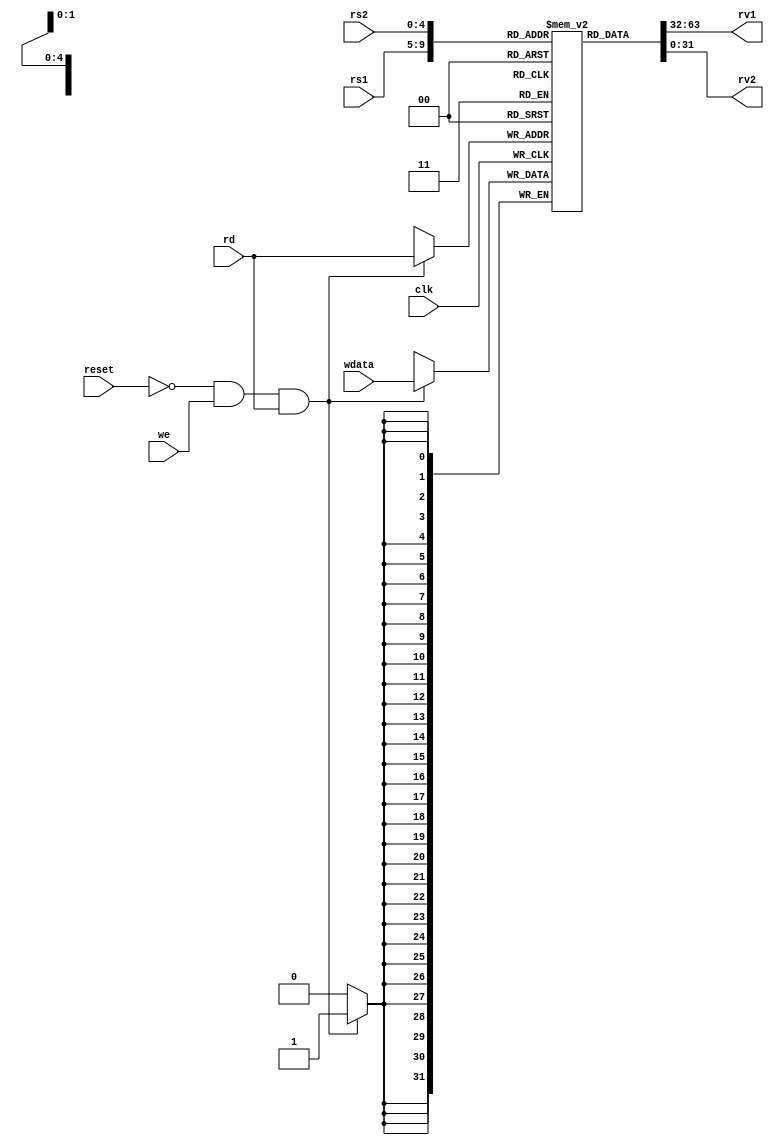
module regfile(
    input [4:0] rs1,     // address of first operand to read - 5 bits, since there are 32 registers
    input [4:0] rs2,     // address of second operand
    input [4:0] rd,      // address of value to write
    input we,            // should write update occur
    input [31:0] wdata,  // value to be written
    output [31:0] rv1,   // First read value
    output [31:0] rv2,   // Second read value
    input clk,           // Clock signal - all memory write operations happen at clock posedge
    input reset          // only if reset = 0 we write to regfile
);
    // Desired function
    // rv1, rv2 are combinational outputs - they will update whenever rs1, rs2 change
    // On clock posedge, if we=1, regfile entry for rd will be updated provided rd != 0 and reset is low

    reg [31:0] reg_arr [0:31]; // 32 registers each with 32 bits
    integer i; // to be used in for loop
    initial begin
        for(i = 0;i < 32;i = i+1) begin
            reg_arr[i] = {32{1'b0}}; // All 32 registers initialised to zero
        end
    end

    // Combinational circuit for reading values
    assign rv1 = reg_arr[rs1];
    assign rv2 = reg_arr[rs2];

    // Sequential circuit for writing value into register
    always @(posedge clk) begin
        if(!reset && we && rd) // register 0 hardwired to zero, so won't change
            reg_arr[rd] <= wdata;
    end

endmodule